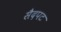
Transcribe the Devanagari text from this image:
सैदपट